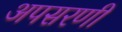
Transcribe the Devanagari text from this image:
अपसरणी